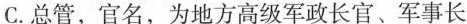
C.总管，官名，为地方高级军政长官、军事长